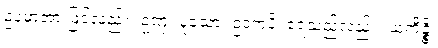
ဥပမာအားဖြင့်လည်း။ ဥဏှံ၊ ပူသော။ ဥဒကံပိ၊ ရေသည်လည်း။ ယံကိဉ္စိ၊